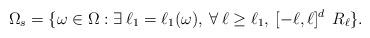
LaTeX: \begin{align*}\Omega_s=\{\omega\in\Omega:\exists\:\ell_1=\ell_1(\omega), \:\forall\:\ell\geq \ell_1, \:[-\ell,\ell]^d \:\: R_\ell\} . \end{align*}